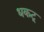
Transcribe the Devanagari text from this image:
धकटू